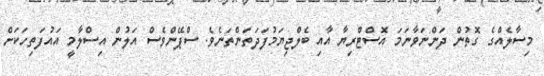
މިސާލެއްގެ ގޮތުން ދަންނަވާނަމަ އޮސްޓްރިޔާ އާއި ބެލްޖިޔަމުފަދަތަންތަނެވެ. ސްޕޭންވެސް އަލުން އިސްލާމީ އައުފަތިހަކަށް